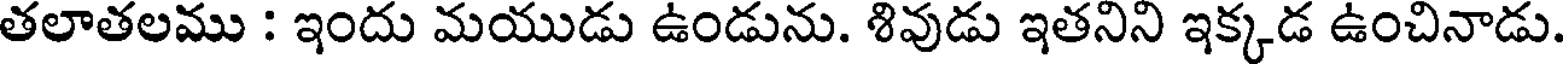
తలాతలము : ఇందు మయుడు ఉండును. శివుడు ఇతనిని ఇక్కడ ఉంచినాడు